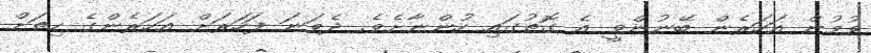
ވުމުން އަހަރެން ބޭނުންވީ އެ ގޮތުގައި ހުންނާށެވެ. ދެވަނަ ފަހަރަށް އަހަރެންގެ ހިތަށް